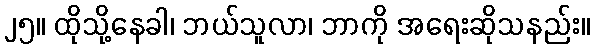
၂၅။ ထိုသို့နေခါ၊ ဘယ်သူလာ၊ ဘာကို အရေးဆိုသနည်း။